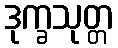
ဒုက္ခသုတ္တ